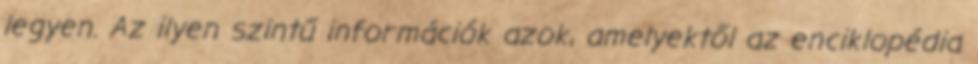
legyen. Az ilyen szintű információk azok, amelyektől az enciklopédia